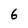
Character: 6